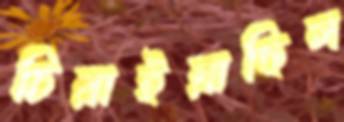
চিরাইয়াছিল